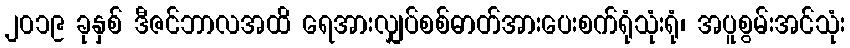
၂၀၁၉ ခုနှစ် ဒီဇင်ဘာလအထိ ရေအားလျှပ်စစ်ဓာတ်အားပေးစက်ရုံသုံးရုံ၊ အပူစွမ်းအင်သုံး